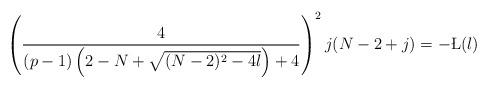
LaTeX: \begin{align*}\left(\frac{4}{(p-1)\left(2-N+\sqrt{(N-2)^2-4\l}\right)+4}\right)^2j(N-2+j)=-\L(\l)\end{align*}